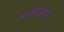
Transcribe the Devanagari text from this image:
बावलिप्पुष़ा